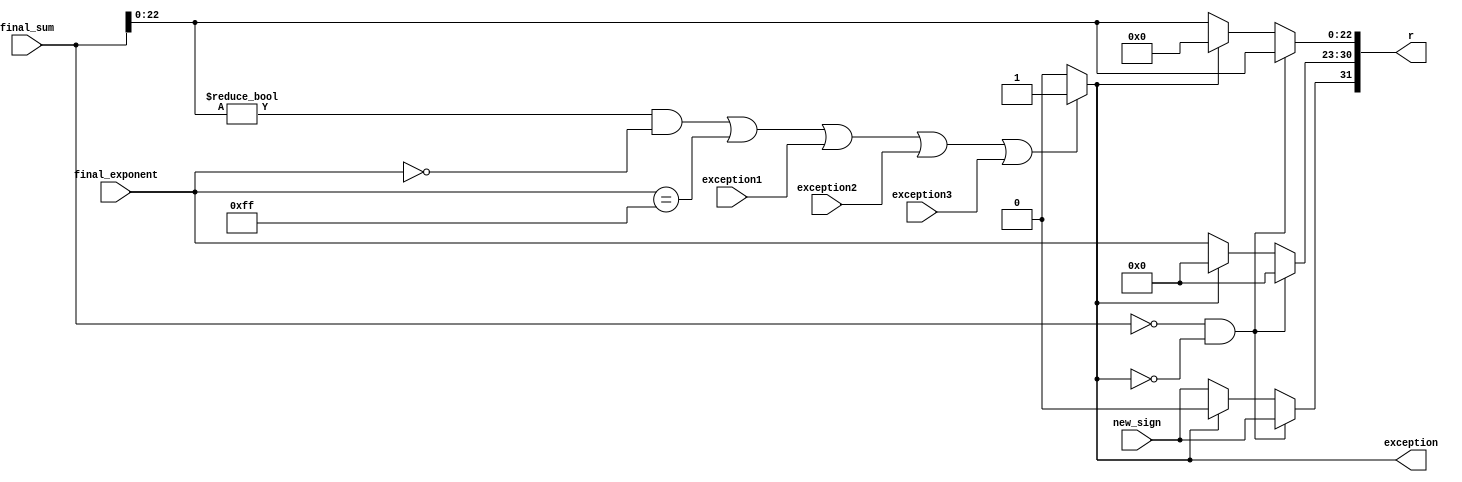
module c_result(final_exponent, final_sum, new_sign, r,exception1,exception2,exception3,exception);

input [24:0] final_sum;
input [7:0] final_exponent;
input new_sign;
input exception1,exception2,exception3;


output reg[31:0]r;
output reg exception;

always@(*)
begin
	
	if((final_sum[22:0]!=23'b0 && final_exponent == 8'b0) ||final_exponent == 8'b11111111 ||exception1 == 1'b1 || exception2 == 1'b1 || exception3 == 1'b1)
	exception = 1'b1;
	else
	exception=1'b0;

end

always@(*)
begin	
	if(final_sum == 23'b00000000000000000000000 && exception== 1'b0)
	begin
	r[31] = new_sign;
	r[30:23] = 8'b00000000;
	r[22:0] = final_sum[22:0];
	end

	else if(exception == 1'b0)
	
	begin
	r[30:23] = final_exponent;
	r[31] = new_sign;
	r[22:0] = final_sum[22:0];
	end
	
	else
	begin
	r[30:23] = 8'b0;
	r[31] = 1'b0;
	r[22:0] = 23'b0;
	end
	
end

endmodule